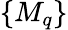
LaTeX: \{ M_{q}\}